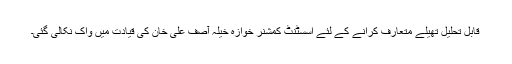
قابل تحلیل تھیلے متعارف کرانے کے لئے اسسٹنٹ کمشنر خوازہ خیلہ آصف علی خان کی قیادت میں واک نکالی گئی۔